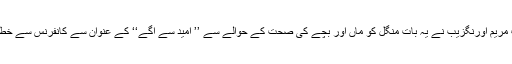
وزیر مملکت اطلاعات مریم اورنگزیب نے یہ بات منگل کو ماں اور بچے کی صحت کے حوالے سے ’’ امید سے آگے‘‘ کے عنوان سے کانفرنس سے خطاب کرتے ہوئے کہی ۔